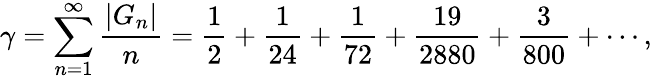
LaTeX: \gamma=\sum_{n=1}^{\infty}{\frac{|G_{n}|}{n}}={\frac{1}{2}}+{\frac{1}{24}}+{\frac{1}{72}}+{\frac{19}{2880}}+{\frac{3}{800}}+\cdots,